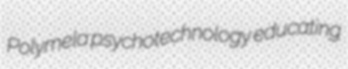
Polymela psychotechnology educating